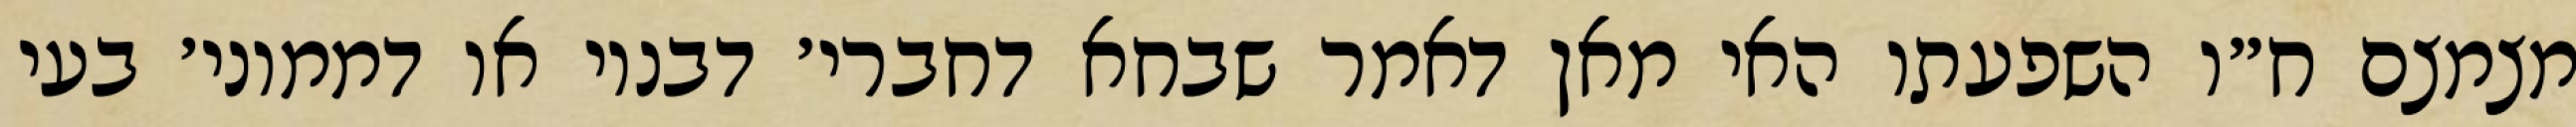
מצמצם ח״ו השפעתו האי מאן דאמר שבחא דחברי׳ דבנוי או דממוני׳ בעי